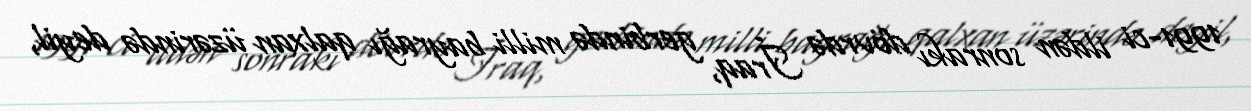
1991-ci ildən sonrakı dövrdə İraq, gerbində milli bayrağı qalxan üzərində deyil,